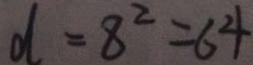
d = 8 ^ { 2 } = 6 4